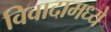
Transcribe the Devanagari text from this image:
विवादामध्ये